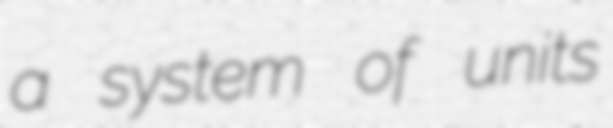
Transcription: a system of units